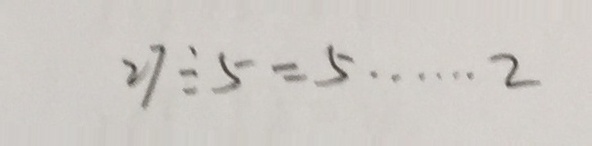
2 7 \div 5 = 5 \cdots 2